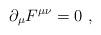
LaTeX: \begin{align*}\partial_\mu F^{\mu \nu}=0\,\,,\end{align*}